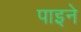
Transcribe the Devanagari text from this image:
पाइने